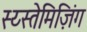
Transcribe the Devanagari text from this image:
स्य्स्तेमिज़िंग